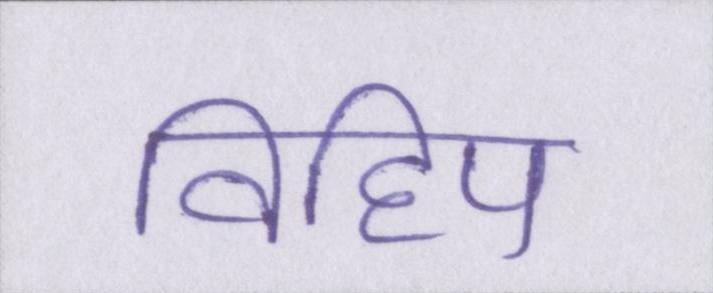
विहिप